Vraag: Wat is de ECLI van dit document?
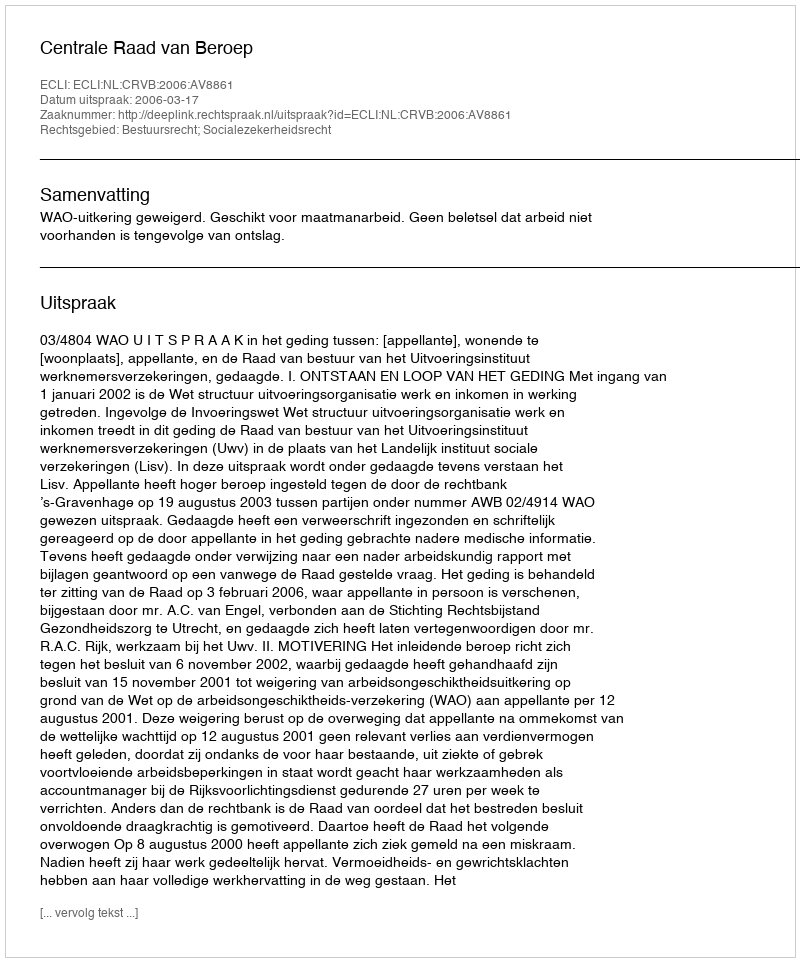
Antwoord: ECLI:NL:CRVB:2006:AV8861